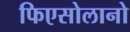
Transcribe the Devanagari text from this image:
फिएसोलानो